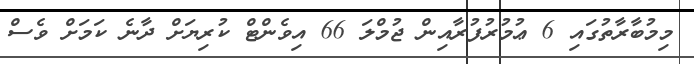
މިމުބާރާތުގައި 6 ޢުމުރުފުރާއިން ޖުމްލަ 66 އިވެންޓް ކުރިޔަށް ދާނެ ކަމަށް ވެސް